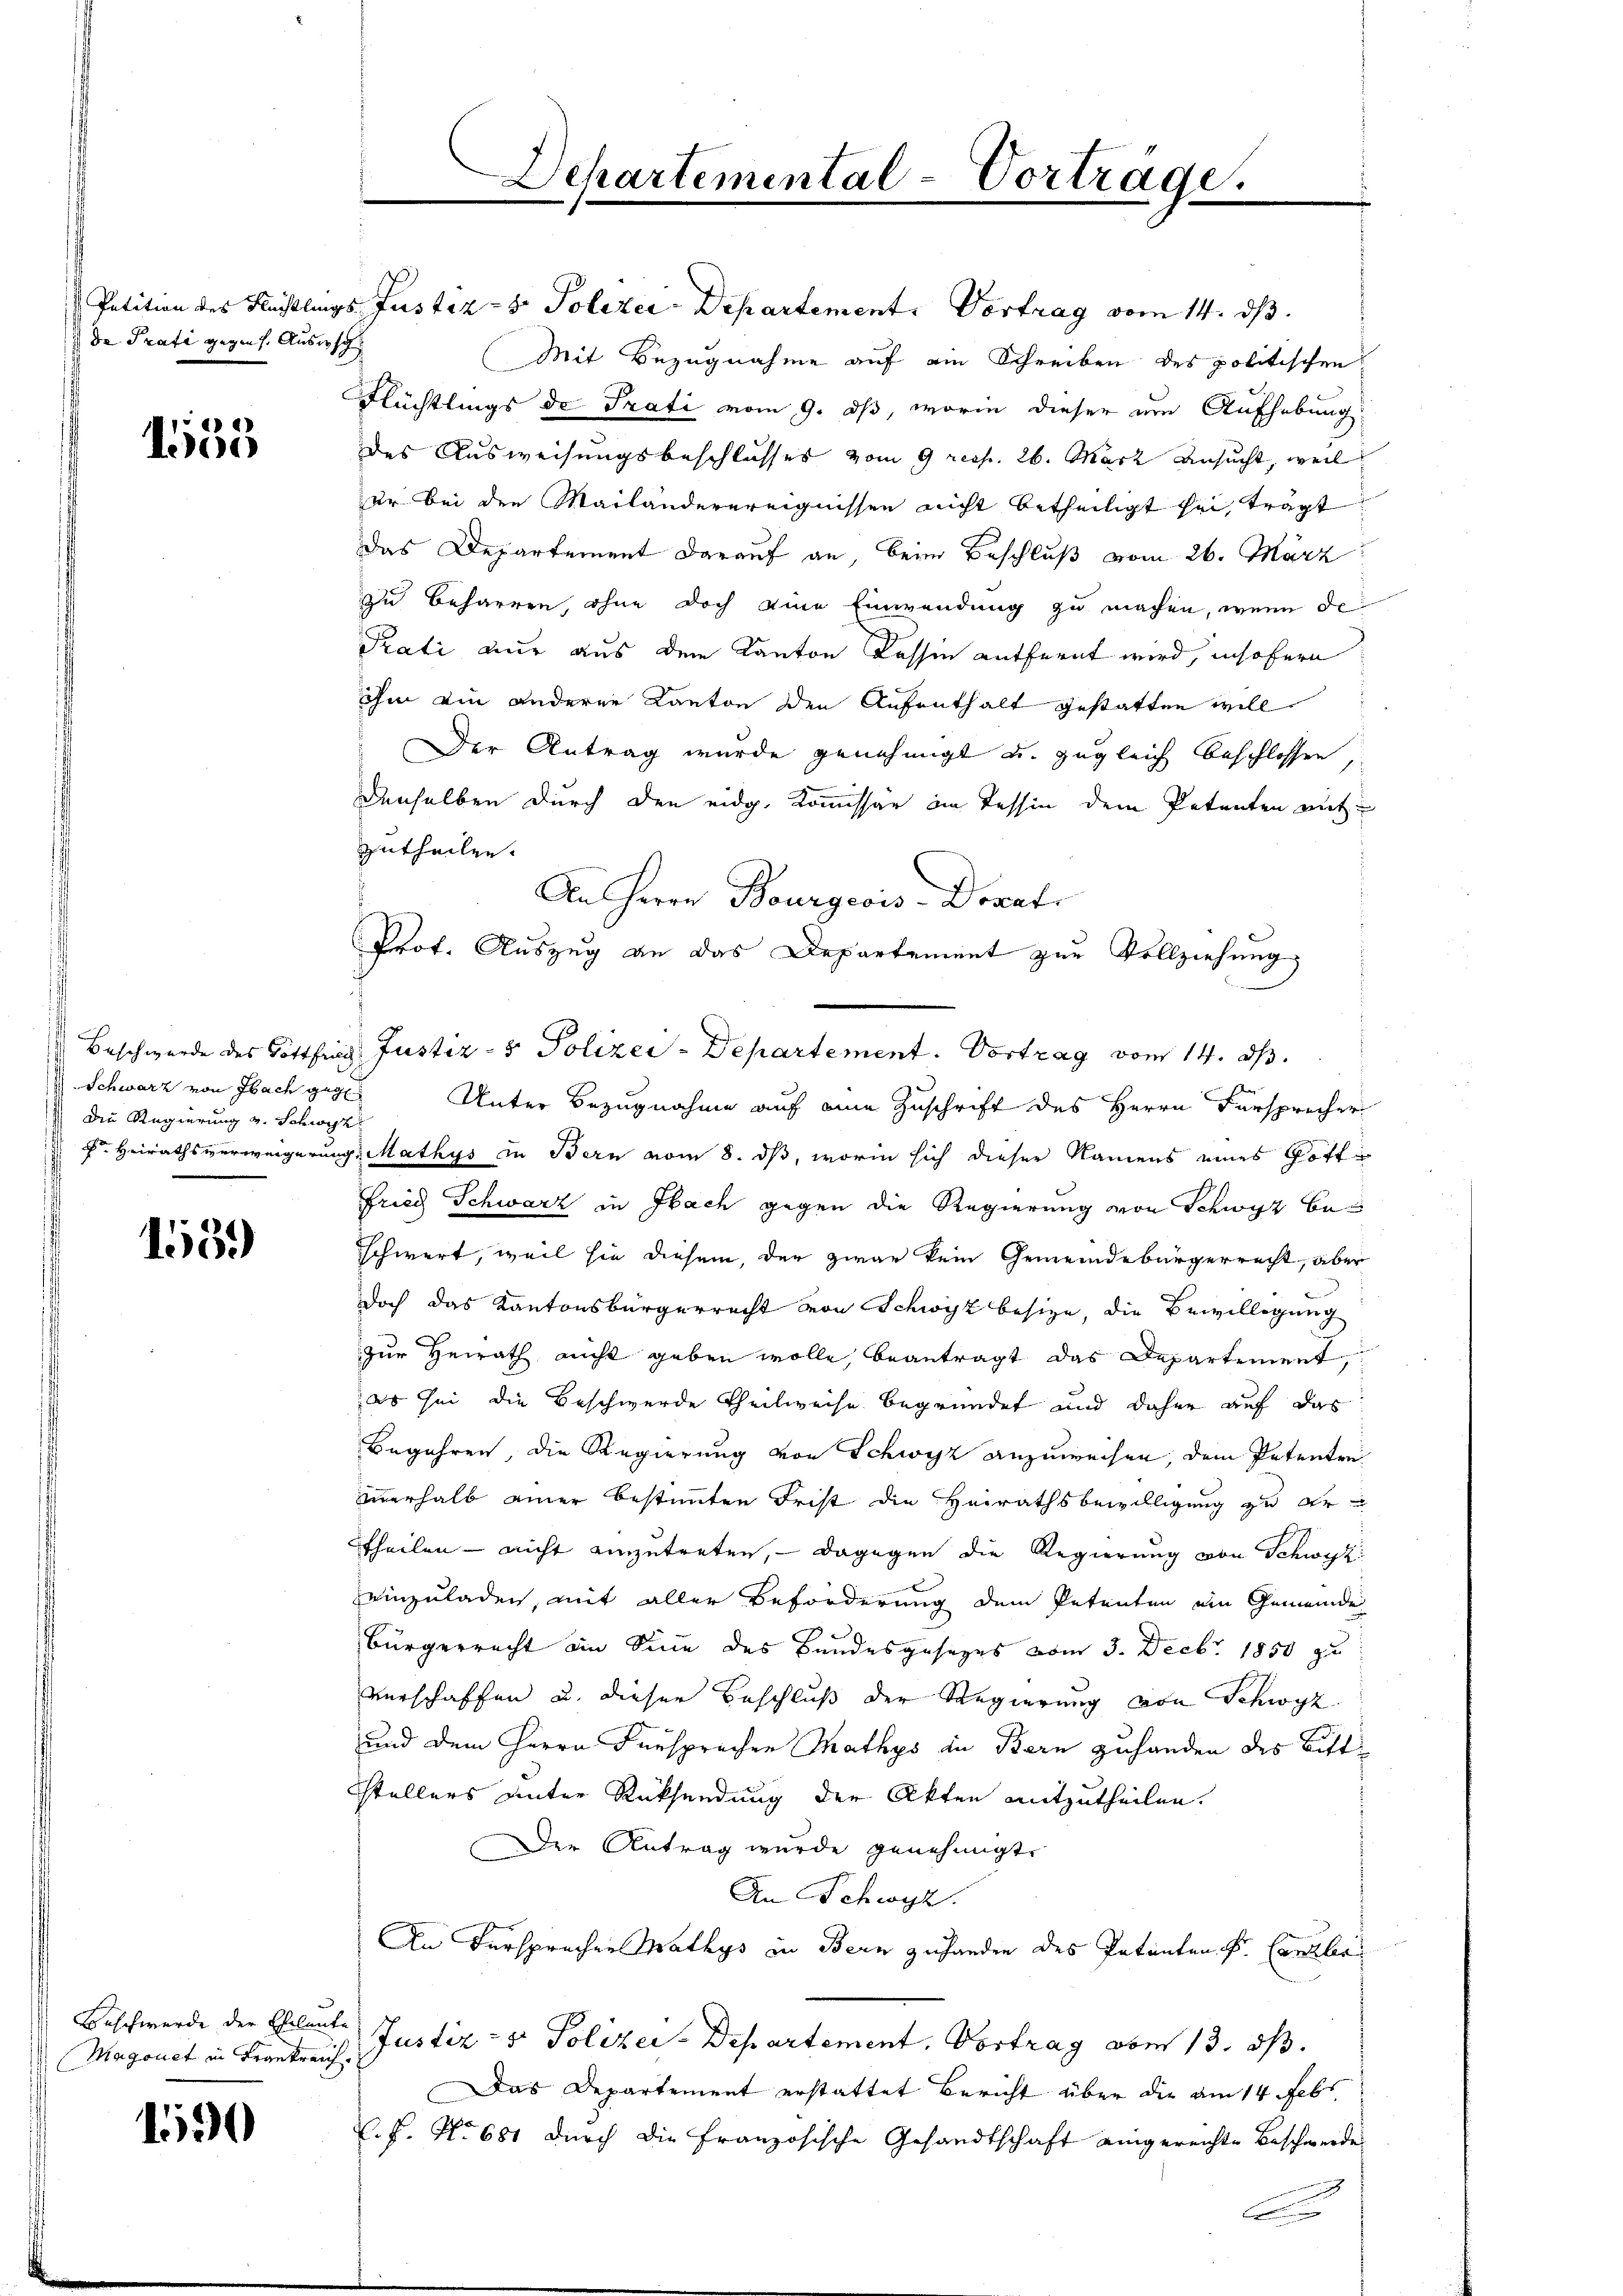
de Prafi gegen s. Aussch

1555

Schwarz von Fach gege
Die Regierung v. Schwyz

1559

Beschwerde der Eheleute
Magonet in Frankreich.

190

Petition des Flüchtlings Justiz- & Polizei Departement. Vortrag vom 14. ds.
Mit Bezugnahme auf ein Schreiben des politischen
Flüchtlings de Prati vom 9. dß, worin dieser um Aufhebung
des Ausweisungsbeschlusses vom 9 resp. 26. März Ansucht, weil
ur bei den Mailänderereignissen nicht betheiligt sei, trägt
Das Departement darauf an, beim Beschluß vom 26. März
zu Beharren, ohne doch eine Einwendung zu machen, wenn de
Prati nur aus dem Kanton Kassen entfernt wird, insofern
ihm ein anderer Kanton den Aufenthalt gestatten will
Der Antrag wurde genehmigt u. zugleich beschlossen,
denselben durch den eidg. Kommissär im Tessin dem Petenten mit
zutheilen.
An Herrn Bourgeois-Dorat
Prof. Auszug an das Departement zur Vollziehung
Unter Bezugnahme auf eine Zuschrift des Herrn Fürsprecher
 Heirathsverweigerung, Mathys in Bern vom 8. ds, worin sich dieser Namens eines Gott
Fried Schwarz in Ibach gegen die Regierung von Schwyz beschwert, weil sie diesem, der zwar kein Gemeindebürgerrecht, aber
doch das Kantonsbürgerrecht von Schwyz besize, die Bewilligung
zur Heirath nicht geben wolle, beantragt das Departement,
es sei die Beschwerde Theilweise begründet und daher auf das
Begehren, die Regierung von Schwyz anzuweisen, dem Petenten
zerhalb einer bestimmten Frist die Heirathsbewilligung zu Er¬
Theilen - nicht einzutreten, — dagegen die Regierung von Schwyz
einzuladen, mit aller Beförderung dem Petenten ein Gemeinde
Bürgerrecht im Sinn des Bandesgesetzes vom 3. Decbr. 1850 zu
verschaffen u. dieser Beschluß der Regierung von Schwyz
und dem Herrn Fürsprechen Mathys in Bern zuhanden des Bittstellers unter Rücksendung der Akten mitzutheilen.
Der Antrag wurde genehmigt.
An Schwyz.
An Versprechen Mathys in Bern zufanden des Patenten S. Canzler
Justiz- & Polizei-Departement. Vortrag vom 13. ds.
Das Departement erstattet Bericht über die am 14. Febr.
L. f. No 681 durch die Französische Gesandtschaft eingereichte Beschwerde
c

Departemental-Vorträge.
.

Beschwerde des Gottling Justiz- & Polizei - Departement. Vortrag vom 14. d.